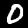
Digit: 0